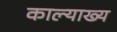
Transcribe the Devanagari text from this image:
काल्याख्य